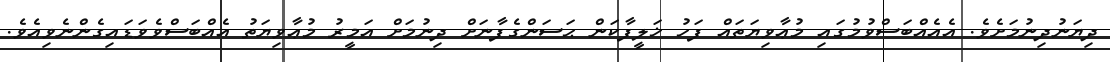
ދިޔަނުދިނުމަށެވެ. އެއެއްބަސްވުމުގައި މުޢާވިޔަތައް ފަހު ޚަލީފާކަން ޙަސަންގެފާނަށް ދިނުމަށް އަމީރު މުޢާވިޔަތު އެއްބަސްވެވަޑައިގެންނެވިއެވެ.